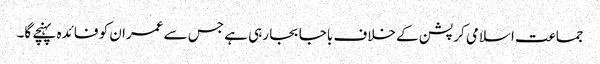
جماعت اسلامی کرپشن کے خلاف باجا بجا رہی ہے جس سے عمران کو فائدہ پہنچے گا۔